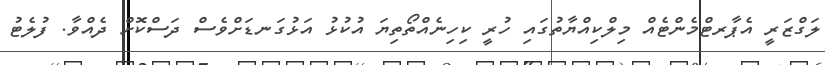
ލަގްޒަރީ އެޕާރޓްމެންޓެއް މިލްކިއްޔާތުގައި ހުރީ ކިހިނެއްތޯތިޔަ އުކުޅު އަޅުގަނޑަށްވެސް ދަސްކޮށް ދެއްވާ. ފުލެޓު